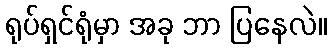
ရုပ်ရှင်ရုံမှာ အခု ဘာ ပြနေလဲ။